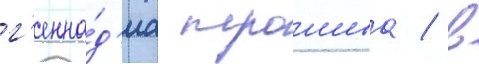
г'енна́д'иа трошева / в